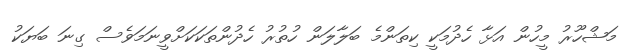
މަޝްހޫރު މީހުން އަޅާ ހެދުމަކީ ކިތަންމެ ބަލާލަން ހުތުރު ހެދުންތަކަކަށްވީނަމަވެސް ގިނަ ބަޔަކު